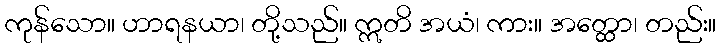
ကုန်သော။ ဟာရနယာ၊ တို့သည်။ ဣတိ အယံ၊ ကား။ အတ္ထော၊ တည်း။